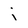
Character: j